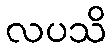
လပသိ